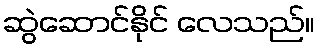
ဆွဲဆောင်နိုင် လေသည်။